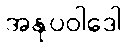
အနုပဝါဒေါ